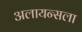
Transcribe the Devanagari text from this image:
अलायन्सला